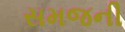
સમજની